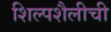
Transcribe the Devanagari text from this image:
शिल्पशैलीची